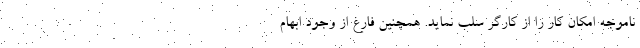
ناموجه امکان کار را از کارگر سلب نماید. همچنین فارغ از وجود ابهام